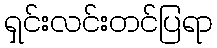
ရှင်းလင်းတင်ပြရာ